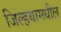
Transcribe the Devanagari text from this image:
जिल्हयामधील